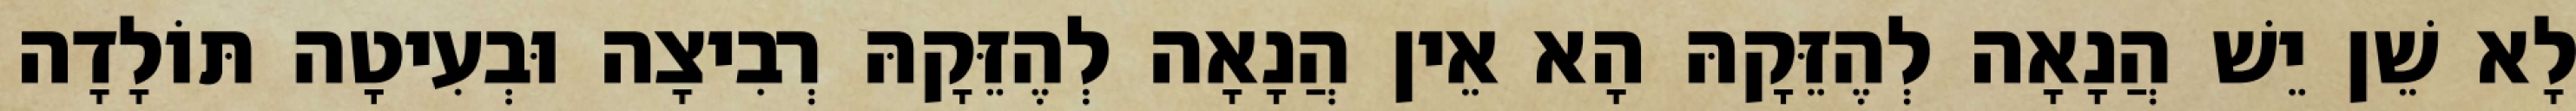
לָא שֵׁן יֵשׁ הֲנָאָה לְהֶזֵּקָהּ הָא אֵין הֲנָאָה לְהֶזֵּקָהּ רְבִיצָה וּבְעִיטָה תּוֹלָדָה